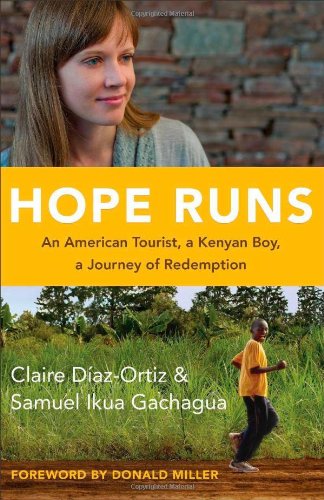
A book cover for Hope Runs: An American Tourist, a Kenyan Boy, a Journey of Redemption; Claire Diaz-Ortiz; Travel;